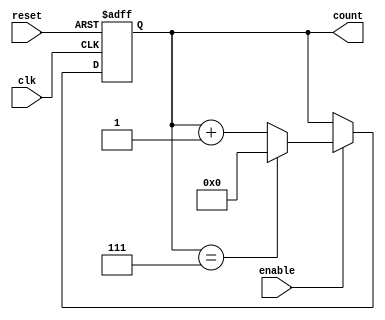
module ModNCounter (
    input wire clk,
    input wire reset,
    input wire enable,
    output reg [N-1:0] count
);

parameter N = 8; // Change this value to set the counter size

always @(posedge clk or posedge reset) begin
    if (reset) begin
        count <= 0;
    end else begin
        if (enable) begin
            if (count == N-1) begin
                count <= 0;
            end else begin
                count <= count + 1;
            end
        end
    end
end

endmodule